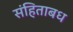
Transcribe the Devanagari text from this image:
संहिताबध